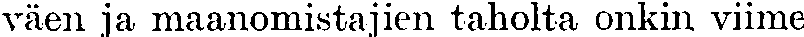
väen ja maanomistajien taholta onkin viime